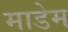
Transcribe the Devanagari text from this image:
माडेम